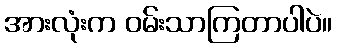
အားလုံးက ဝမ်းသာကြတာပါပဲ။